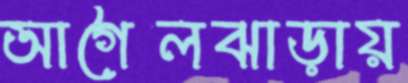
আগৈলঝাড়ায়